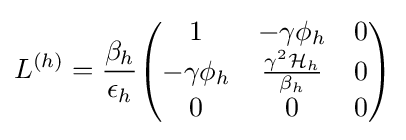
L^{(h)}={\frac {\beta _{h}}{\epsilon _{h}}}{\begin{pmatrix}1&-\gamma \phi _{h}&0\\-\gamma \phi _{h}&{\frac {\gamma ^{2}{\mathcal {H}}_{h}}{\beta _{h}}}&0\\0&0&0\end{pmatrix}}